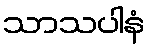
သာသပါနံ